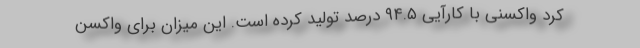
کرد واکسنی با کارآیی ۹۴.۵ درصد تولید کرده است. این میزان برای واکسن